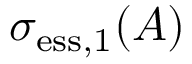
\sigma _ { \mathrm { e s s } , 1 } ( A )